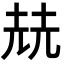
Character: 𡋰